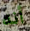
أنه